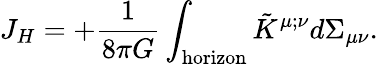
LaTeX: J_{H}=+{\frac{1}{8\pi G}}\int_{\mathrm{horizon}}\tilde{K}^{\mu;\nu}d\Sigma_{\mu\nu}.